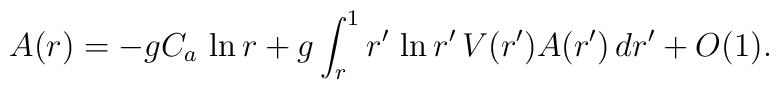
A(r)=-gC_a\,\ln r+g\int_r^1 r'\,\ln r'\,V(r')A(r')\,dr'+O(1).